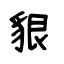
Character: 貇